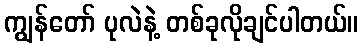
ကျွန်တော် ပုလဲနဲ့ တစ်ခုလိုချင်ပါတယ်။